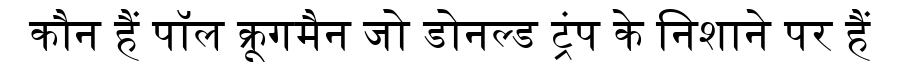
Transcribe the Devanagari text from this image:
कौन हैं पॉल क्रूगमैन जो डोनल्ड ट्रंप के निशाने पर हैं